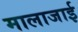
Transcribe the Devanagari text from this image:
मालाजाई